Annual report on the Civil Veterinary Department, Burma (including the Insein Veterinary School) - 1910-1922
Year: 1910
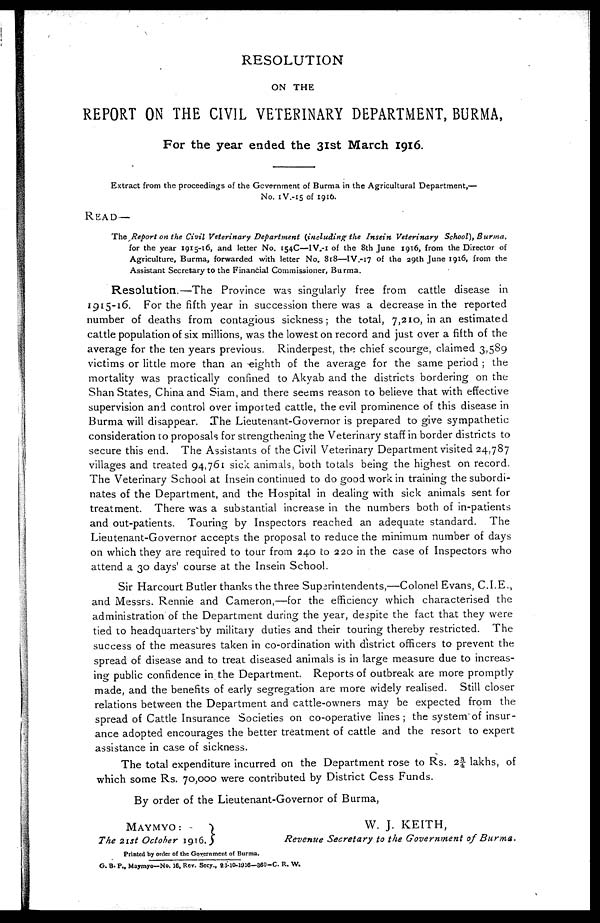
RESOLUTION
ON THE
REPORT ON THE CIVIL VETERINARY DEPARTMENT, BURMA,
For the year ended the 31st March 1916.
Extract from the proceedings of the Government of Burma in the Agricultural Department,—
No. 1V.-15 of 1916.
READ —
The Report on the Civil Veterinary Department (including the Insein Veterinary School), Burma,
for the year 1915-16 and letter No. 154C—IV.-1 of the 8th June 1916, from the Director of
Agriculture, Burma, forwarded with letter No. 818—IV.-17 of the 29th June 1916, from the
Assistant Secretary to the Financial Commissioner, Burma.
Resolution.—The Province was singularly free from cattle disease in
1915-16. For the fifth year in succession there was a decrease in the reported
number of deaths from contagious sickness; the total, 7,210, in an estimated
cattle population of six millions, was the lowest on record and just over a fifth of the
average for the ten years previous. Rinderpest, the chief scourge, claimed 3,589
victims or little more than an eighth of the average for the same period ; the
mortality was practically confined to Akyab and the districts bordering on the
Shan States, China and Siam, and there seems reason to believe that with effective
supervision and control over imported cattle, the evil prominence of this disease in
Burma will disappear. The Lieutenant-Governor is prepared to give sympathetic
consideration to proposals for strengthening the Veterinary staff in border districts to
secure this end. The Assistants of the Civil Veterinary Department visited 24,787
villages and treated 94,761 sick animals, both totals being the highest on record.
The Veterinary School at Insein continued to do good work in training the subordi-
nates of the Department, and the Hospital in dealing with sick animals sent for
treatment. There was a substantial increase in the numbers both of in-patients
and out-patients. Touring by Inspectors reached an adequate standard. The
Lieutenant-Governor accepts the proposal to reduce the minimum number of days
on which they are required to tour from 240 to 220 in the case of Inspectors who
attend a 30 days' course at the Insein School.
Sir Harcourt Butler thanks the three Superintendents,—Colonel Evans, C.I.E.,
and Messrs. Rennie and Cameron,—for the efficiency which characterised the
administration of the Department during the year, despite the fact that they were
tied to headquarters by military duties and their touring thereby restricted. The
success of the measures taken in co-ordination with district officers to prevent the
spread of disease and to treat diseased animals is in large measure due to increas-
ing public confidence in the Department. Reports of outbreak are more promptly
made, and the benefits of early segregation are more widely realised. Still closer
relations between the Department and cattle-owners may be expected from the
spread of Cattle Insurance Societies on co-operative lines ; the system of insur-
ance adopted encourages the better treatment of cattle and the resort to expert
assistance in case of sickness.
The total expenditure incurred on the Department rose to Rs. 2¾ lakhs, of
which some Rs. 70,000 were contributed by District Cess Funds.
By order of the Lieutenant-Governor of Burma,
MAYMYO :
The 21st October 1916.
W. J. KEITH,
Revenue Secretary to the Government of Burma.
Printed by order of the Government of Burma.
G. S. P., Maymyo—No. 16, Rev. Secy., 23-10-1916—360-C. R. W.